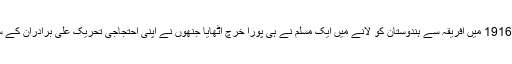
گاندھی جی کو 1916 میں افریقہ سے ہندوستان کو لانے میں ایک مسلم نے ہی پورا خرچ اٹھایا جنھوں نے اپنی احتجاجی تحریک علی برادران کے ساتھ شروع کی۔